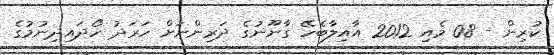
ކުރިން - 08 މެއި 2012 އާއިލާބެހޭ ގާނޫނުގެ ދަރިންނަށް ހަރަދު ހޯދައިދިނުމުގެ